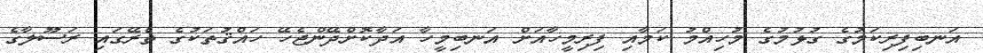
އަނބިފިރިކަމުގެ ގުޅުމުގެ މުހިއްމު ކަމާއި ފިރިމީހާއަށް އަނބިމީހާ އަދާކޮށްދޭންޖެހޭ ހައްޤުތަކުގެ ތެރޭގައި ރަސޫލާގެ